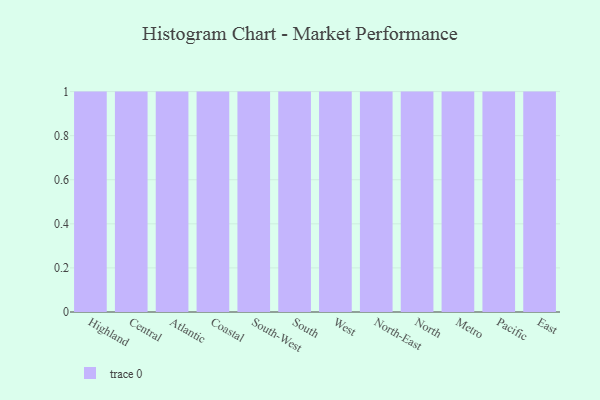
{"axis": {"x": "Region", "y": "Tickets Resolved"}, "legend": [""], "data": [{"x": "Highland", "y": 19, "type": ""}, {"x": "Central", "y": 20, "type": ""}, {"x": "Atlantic", "y": 78, "type": ""}, {"x": "Coastal", "y": 77, "type": ""}, {"x": "South-West", "y": 22, "type": ""}, {"x": "South", "y": 45, "type": ""}, {"x": "West", "y": 14, "type": ""}, {"x": "North-East", "y": 67, "type": ""}, {"x": "North", "y": 94, "type": ""}, {"x": "Metro", "y": 35, "type": ""}, {"x": "Pacific", "y": 68, "type": ""}, {"x": "East", "y": 49, "type": ""}]}